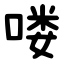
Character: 喽